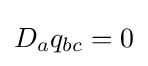
D_{a}q_{bc}=0